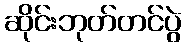
ဆိုင်းဘုတ်တင်ပွဲ